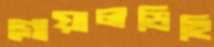
গোয়ালডিহি